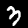
Digit: 3